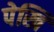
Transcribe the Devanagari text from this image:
पेखि